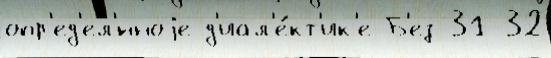
опр'ед'ел'́нноjе д'иал'е́кт'ик'е Б'ез 31-32